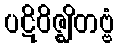
ပဋိဝိဇ္ဈိတဗ္ဗံ